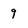
Character: 9